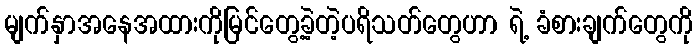
မျက်နှာအနေအထားကိုမြင်တွေ့ခဲ့တဲ့ပရိသတ်တွေဟာ ရဲ့ ခံစားချက်တွေကို